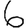
Digit: 6